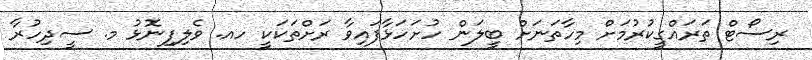
ރިސޯޓް ތަރައްގީކުރުމަށް މިހާތަނަށް ބީލަން ހުށަހަޅާފައިވާ ރަށްތަކަކީ ހއ. ވެލިފިނޮޅު މ. ސީދިހުރާ